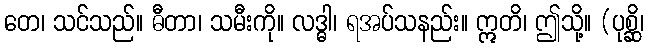
တေ၊ သင်သည်။ ဓီတာ၊ သမီးကို။ လဒ္ဓါ၊ ရအပ်သနည်း။ ဣတိ၊ ဤသို့။ (ပုစ္ဆိ၊